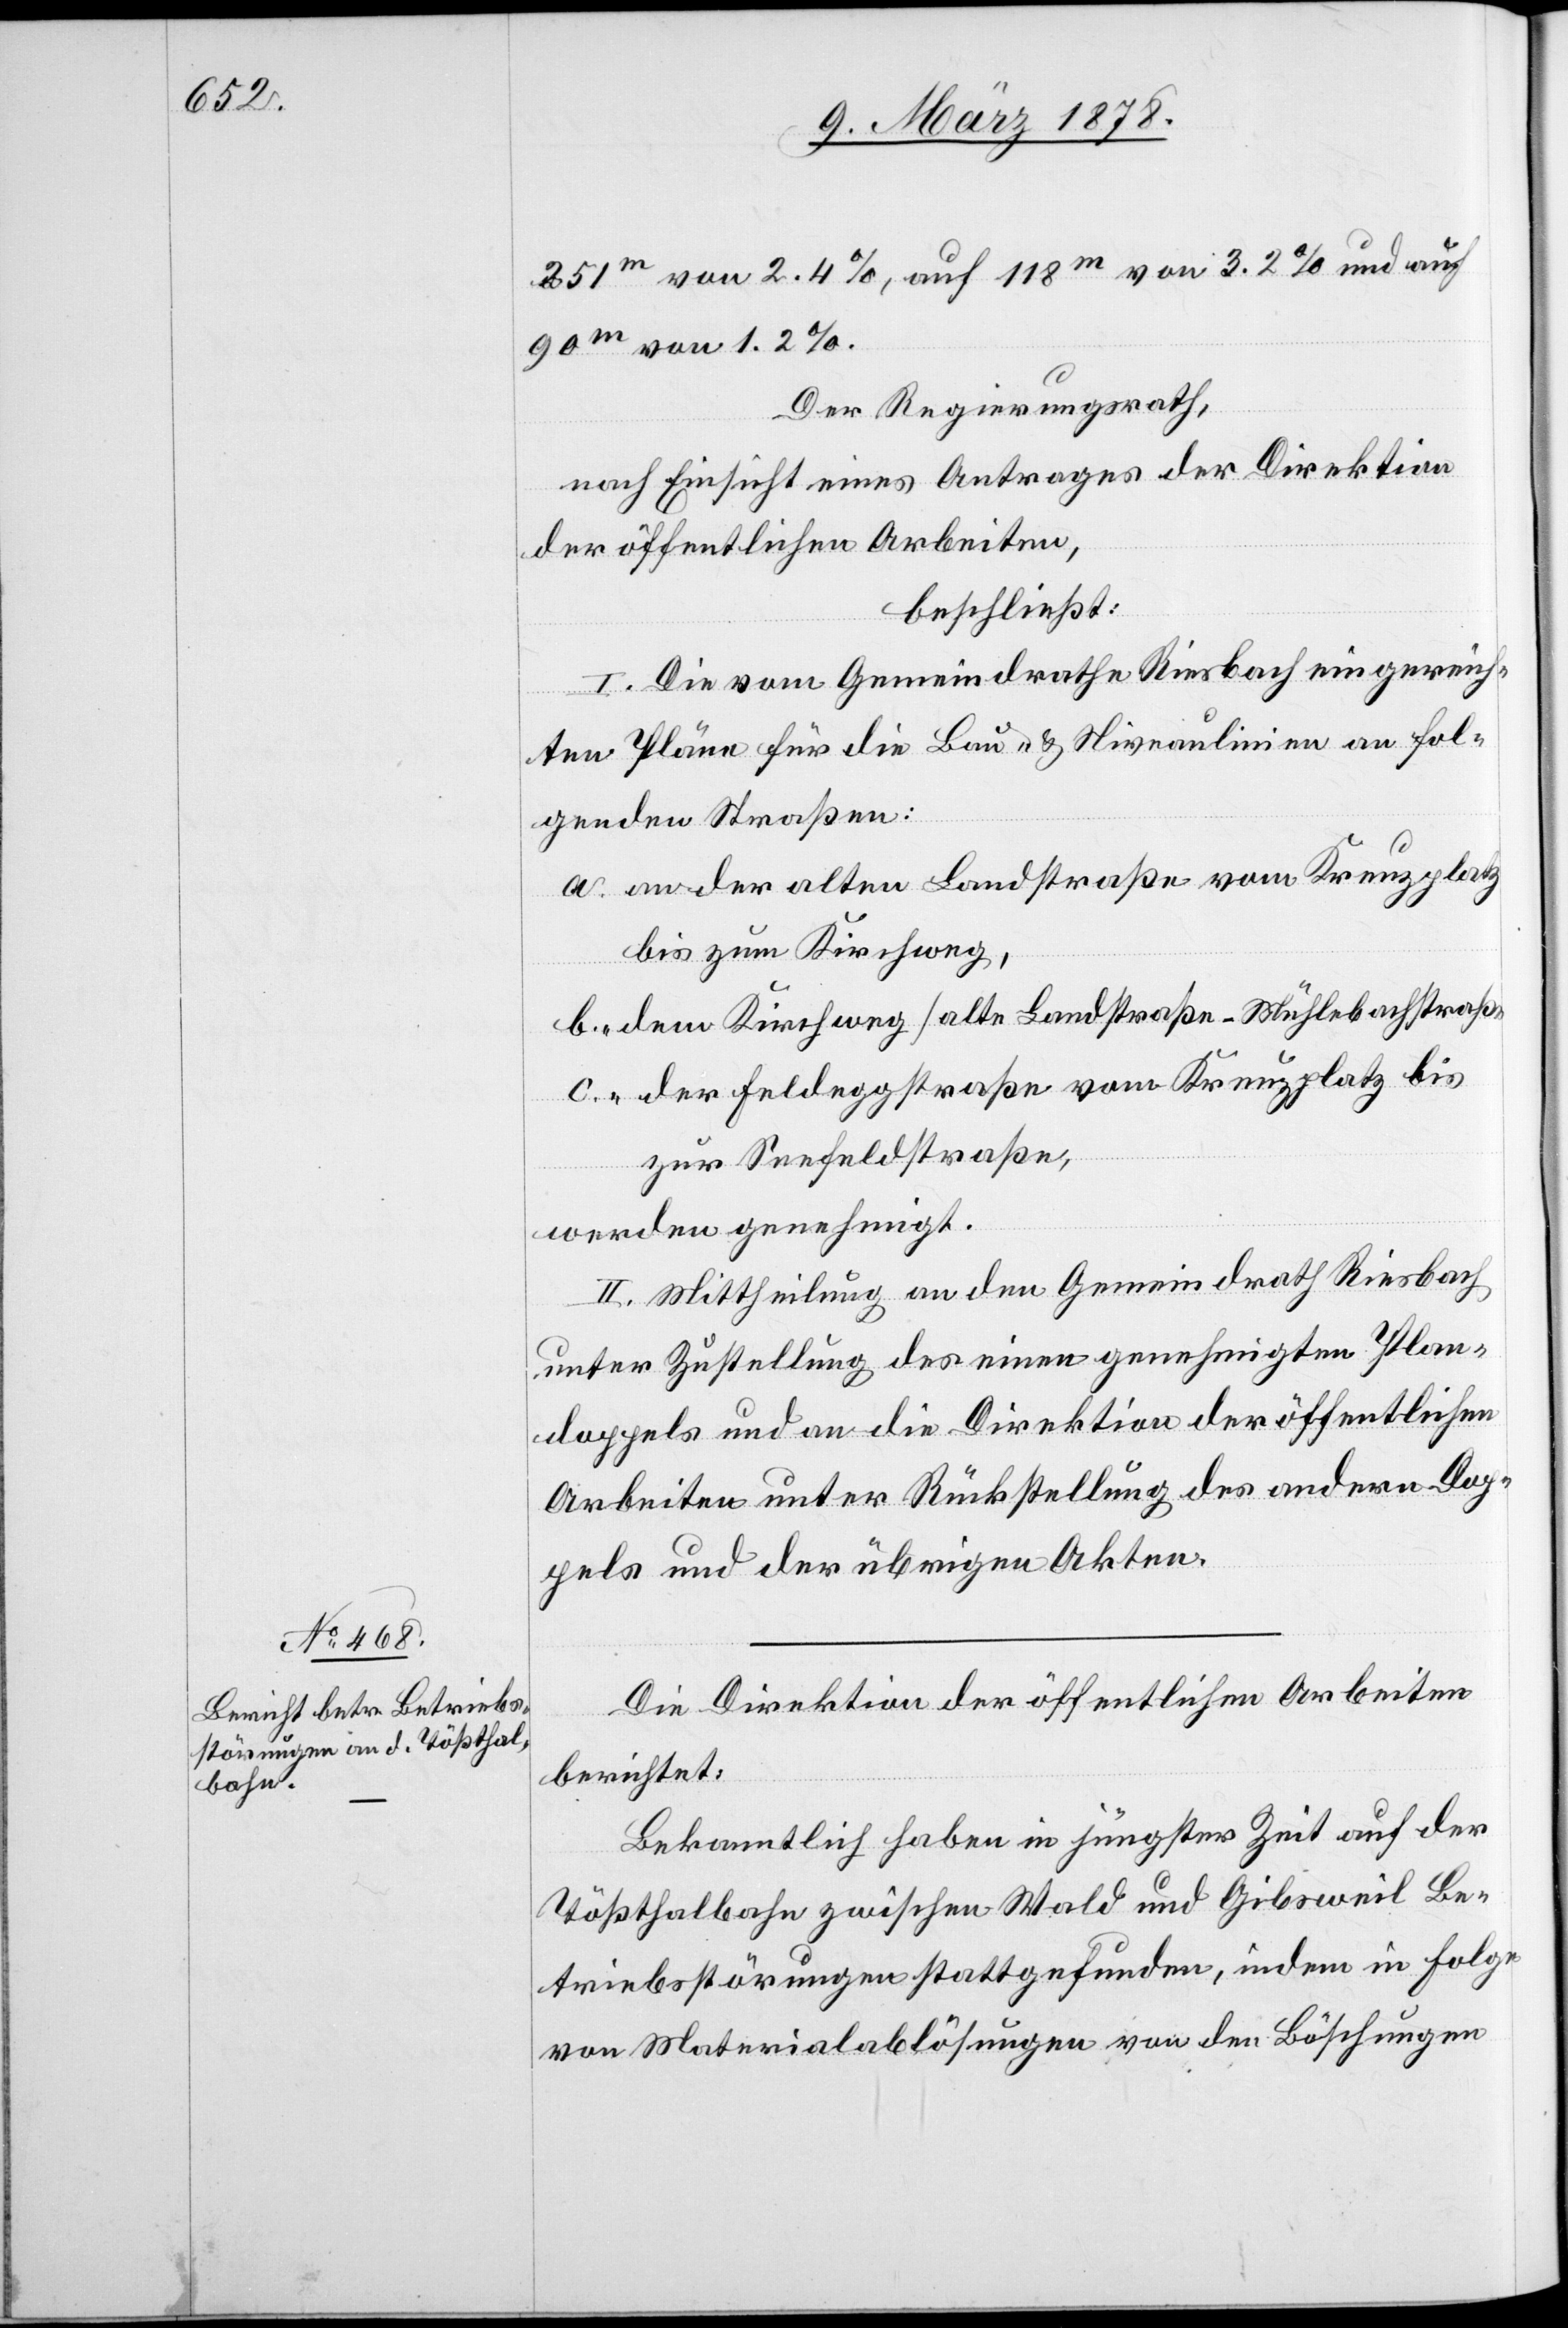
251m von 2.4%, auf 118m von 3.2% und auf
90m von 1.2%.
Der Regierungsrath,
nach Einsicht eines Antrages der Direktion
der öffentlichen Arbeiten,
beschließt:
I. Die vom Gemeindrathe Riesbach eingereich¬
ten Pläne für die Bau- & Niveaulinien an fol¬
genden Straßen:
a. an der alten Landstraße vom Kreuzplatz
bis zum Kirchweg,
b. dem Kirchweg (alte Landstraße–Mühlebachstraße)
c. der Feldeggstraße vom Kreuzplatz bis
zur Seefeldstraße,
werden genehmigt.
II. Mittheilung an den Gemeindrath Riesbach
unter Zustellung des einen genehmigten Plan¬
doppels und an die Direktion der öffentlichen
Arbeiten unter Rückstellung des andern Dop¬
pels und der übrigen Akten.
Die Direktion der öffentlichen Arbeiten
berichtet:
Bekanntlich haben in jüngster Zeit auf der
Tößthalbahn zwischen Wald und Gibsweil Be¬
triebsstörungen stattgefunden, indem in Folge
von Materialablösungen von den Böschungen